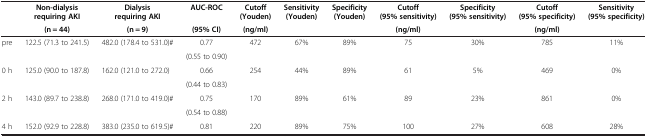
|  | Non-dialysis requiring AKI | Dialysis requiring AKI | AUC-ROC | Cutoff (Youden) | Sensitivity (Youden) | Specificity (Youden) | Cutoff (95% sensitivity) | Specificity (95% sensitivity) | Cutoff (95% specificity) | Sensitivity (95% specificity) |
 |  | (n = 44) | (n = 9) | (95% CI) | (ng/ml) |  |  | (ng/ml) |  | (ng/ml) |  |
 | --- | --- | --- | --- | --- | --- | --- | --- | --- | --- | --- |
 | <ROWSPAN=2> pre | <ROWSPAN=2> 122.5 (71.3 to 241.5) | <ROWSPAN=2> 482.0 (178.4 to 531.0)# | 0.77 | <ROWSPAN=2> 472 | <ROWSPAN=2> 67% | <ROWSPAN=2> 89% | <ROWSPAN=2> 75 | <ROWSPAN=2> 30% | <ROWSPAN=2> 785 | <ROWSPAN=2> 11% |
 | (0.55 to 0.90) |
 | <ROWSPAN=2> 0 h | <ROWSPAN=2> 125.0 (90.0 to 187.8) | <ROWSPAN=2> 162.0 (121.0 to 272.0) | 0.66 | <ROWSPAN=2> 254 | <ROWSPAN=2> 44% | <ROWSPAN=2> 89% | <ROWSPAN=2> 61 | <ROWSPAN=2> 5% | <ROWSPAN=2> 469 | <ROWSPAN=2> 0% |
 | (0.44 to 0.83) |
 | <ROWSPAN=2> 2 h | <ROWSPAN=2> 143.0 (89.7 to 238.8) | <ROWSPAN=2> 268.0 (171.0 to 419.0)# | 0.75 | <ROWSPAN=2> 170 | <ROWSPAN=2> 89% | <ROWSPAN=2> 61% | <ROWSPAN=2> 89 | <ROWSPAN=2> 23% | <ROWSPAN=2> 861 | <ROWSPAN=2> 0% |
 | (0.54 to 0.88) |
 | 4 h | 152.0 (92.9 to 228.8) | 383.0 (235.0 to 619.5)# | 0.81 | 220 | 89% | 75% | 100 | 27% | 608 | 28% |